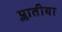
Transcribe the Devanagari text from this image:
प्लातीया